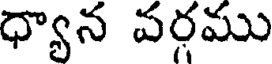
ధ్యాన వర్గము